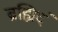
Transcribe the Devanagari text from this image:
ब्रह्मिदं